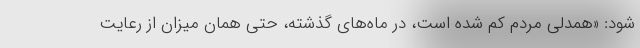
شود: «همدلی مردم کم شده است، در ماه‌های گذشته، حتی همان میزان از رعایت